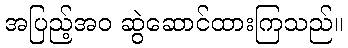
အပြည့်အဝ ဆွဲဆောင်ထားကြသည်။